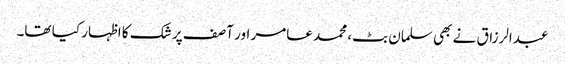
عبدالرزاق نے بھی سلمان بٹ، محمد عامر اور آصف پر شک کا اظہار کیا تھا۔